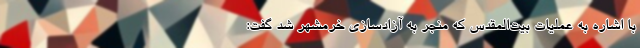
با اشاره به عملیات بیت‌المقدس که منجر به آزادسازی خرمشهر شد گفت: